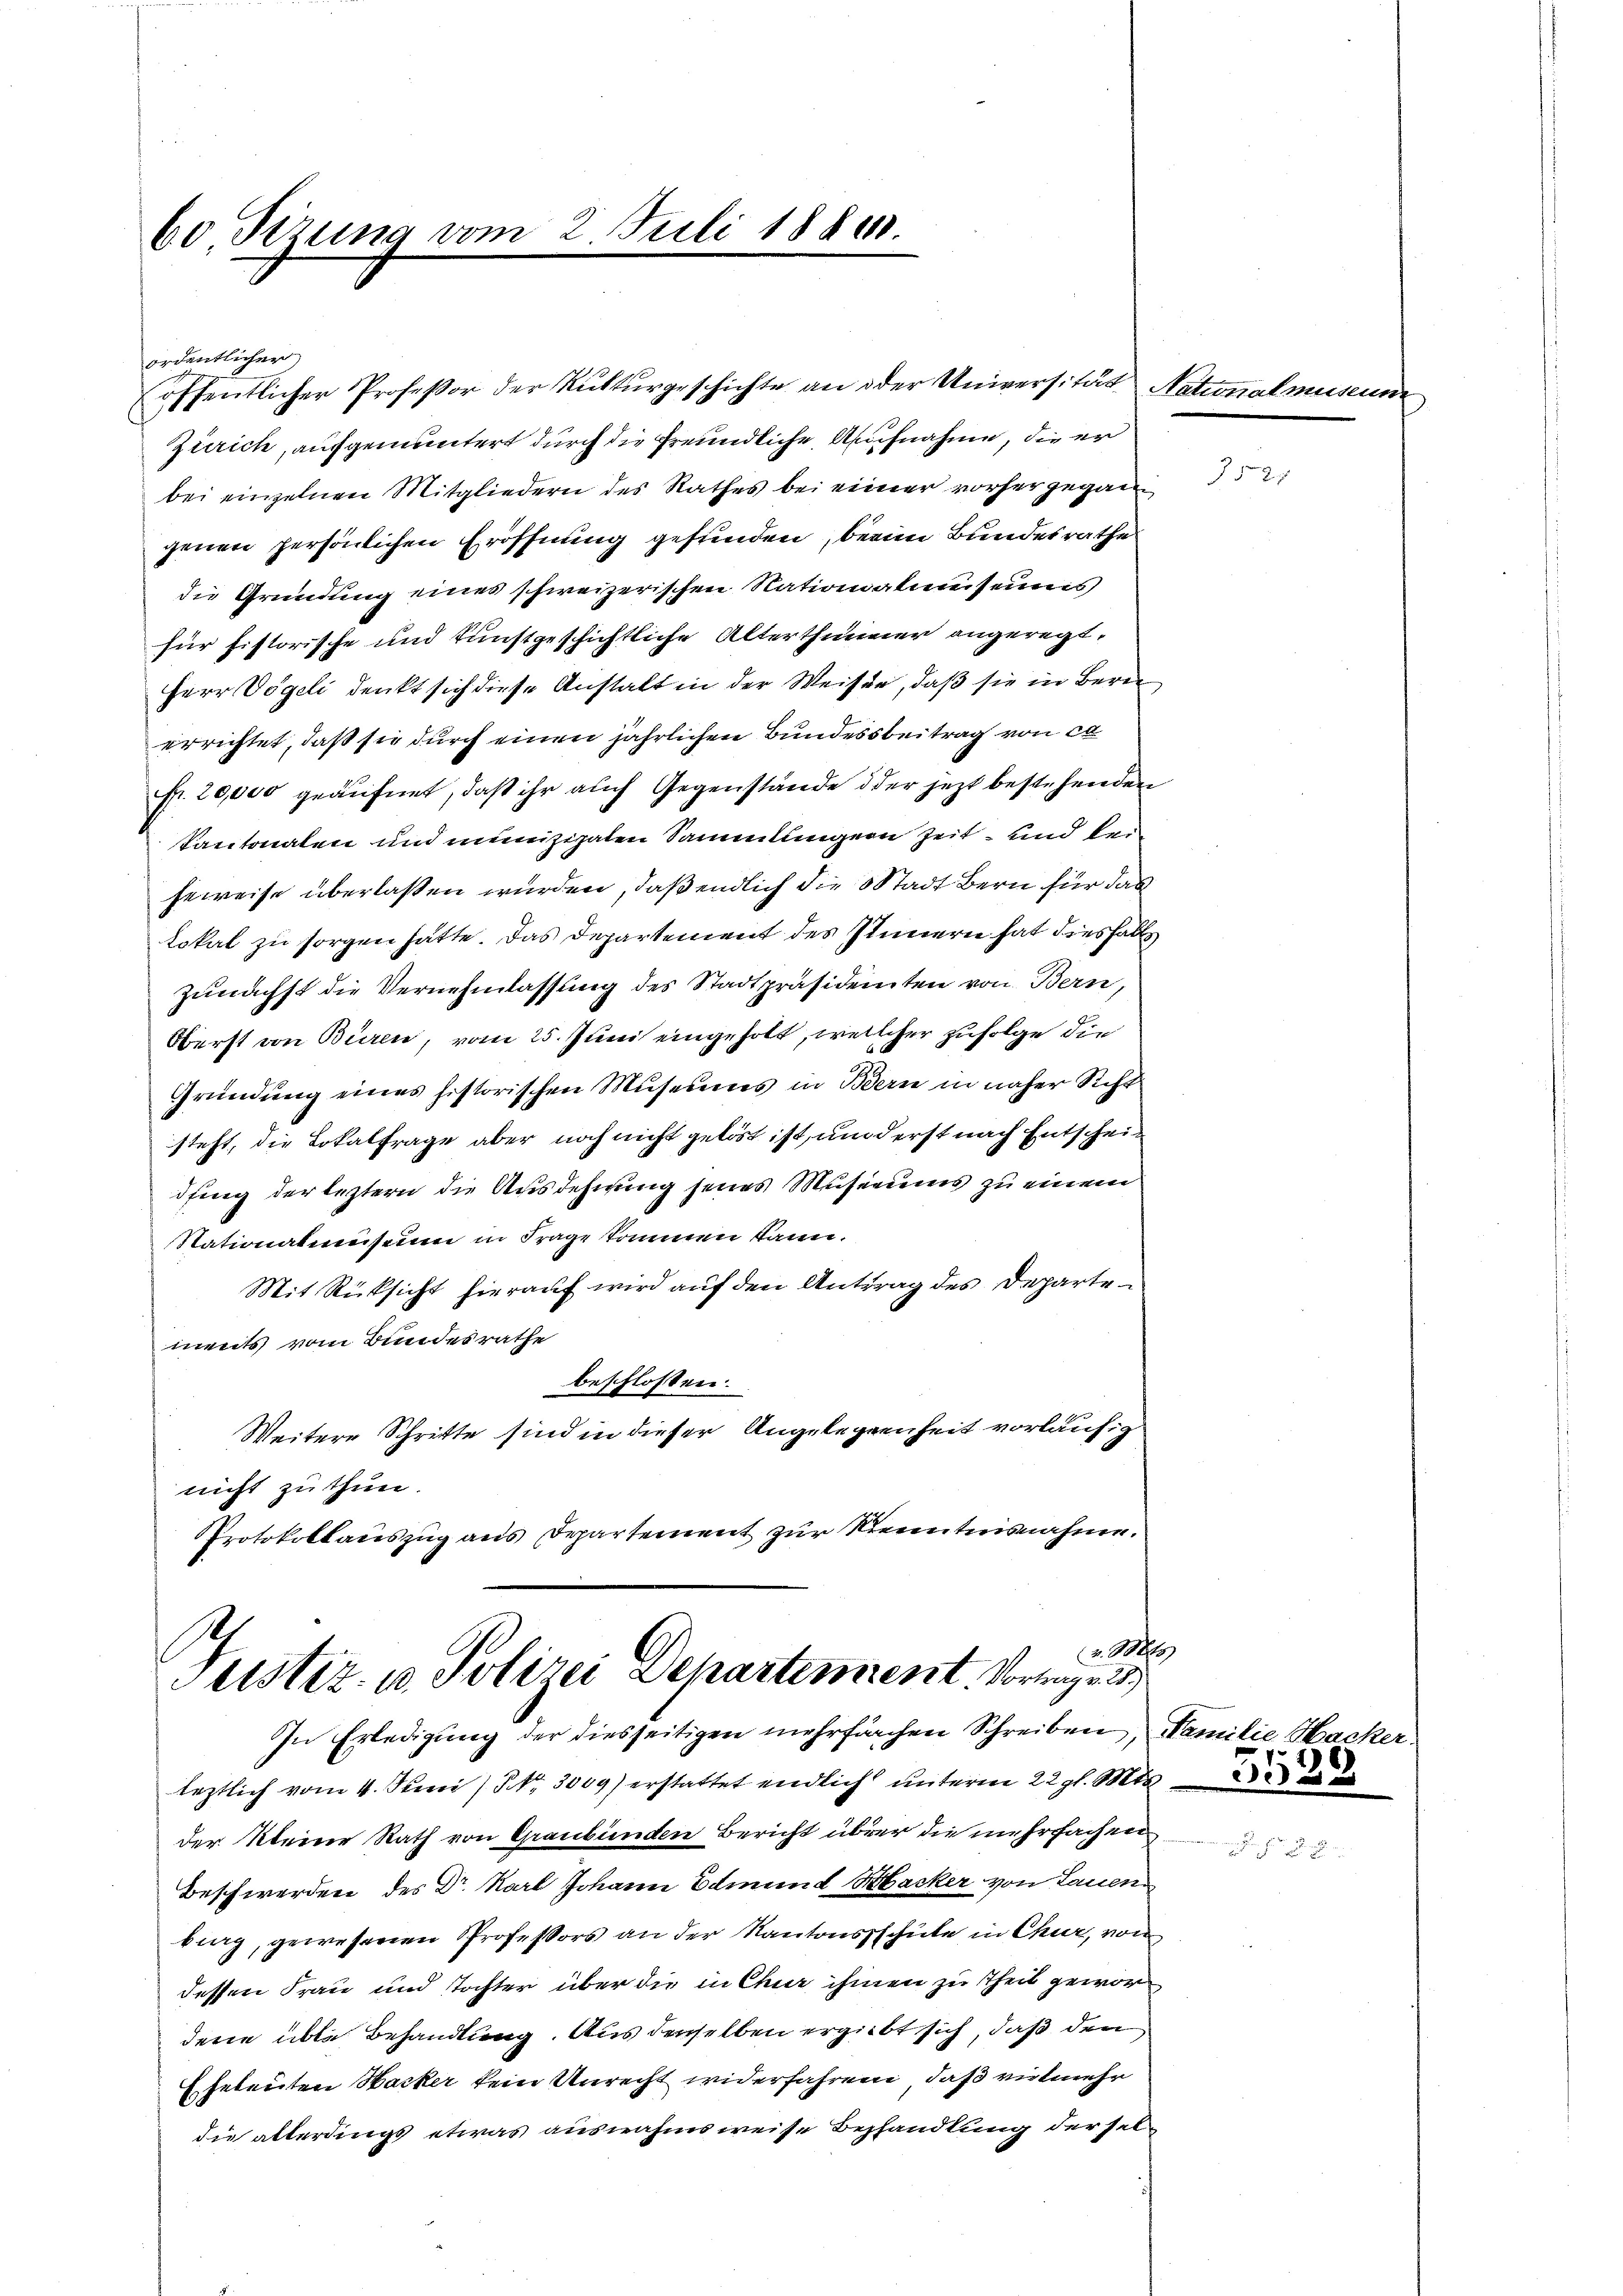
60 Sizung vom

öffentlicher Professor der Rutturgeschichte an oder Universität Nati
Zürich, aufgemuntert durch die freundliche Aufnahme, die er
bei einzelnen Mitgliedern des Rathes bei einer vorhergegangenen persönlichen Eröffnung gefunden, beim Bundesrathe
die Gründung eines schweizerischen Nationsalumseins
für historische und kunstgeschichtliche Alterthurner angeregt.
Herr Vögeli denkt sich diese Anstalt in der Weisen, daß sie in Berei
errichtet, daß sie durch einen jährlichen Bundesbeitrag von ca
fr. 20,000 geäufnet, daß ihr auch Gegenstände oder jetzt bestehenden
Santonalen und menizipalen Sammlungen Zeit und bei
heweise überlassen wurden, daß endlich die Stadt Bern für das
Lokal zu sorgen hätte. Das Departement des Innern hat diesfalls,
Zunächst die Vernehmlassung des Stadtpräsidenten von Bern,
Oberst von Büren, vom 25. Juni eingeholt, welcher zufolge die
Gründung eines historischen Musenens in Bern in näher Sicht
steht, die Lokalfrage aber noch nicht gelöst ist, und erst nach Entschein
duung der leztern die Ausdehnung seines Musirung zu einem
Stationalmuseum in Frage kommen kann.
Mit Rücksicht hierauf wird auf den Antrag des Departements vom Bundesrathe
beschlossen:
Weitere Schritte sind in dieser Angelegenheit vorläufig
nicht zu thun.
Protokollauszug aus Departement zur Kenntnisnahme.

3 Juli 18800.

ordentlicher

v. Mts
Justiz- u. Polizei Departement. Vortrage
In Erledigung der diesseitigen mehrfrachen Schreiben, Familie Hac

leztlich vom 4. Juni / Nr. 3009) erstattet endlich unterm 22 gl. Mts
der Kleine Rath von Graubünden Bericht über die mehrfachen
Beschwerden des Dr. Karl Johann Edmund Hacker von Lauen
bung, gewesenen Professors an der Kantonsschule in Chur, von
dessen Frau und Tochter über die in Chur ihmen zu theil gewordene üble Behandlung. Aus denselben ergiebt sich, daß den
Eheleuten Hacker kein Unrecht widerfahrend, daß vielmehr
die allerdings etwas ausnahmsweise Bezhandlung der sel¬

.